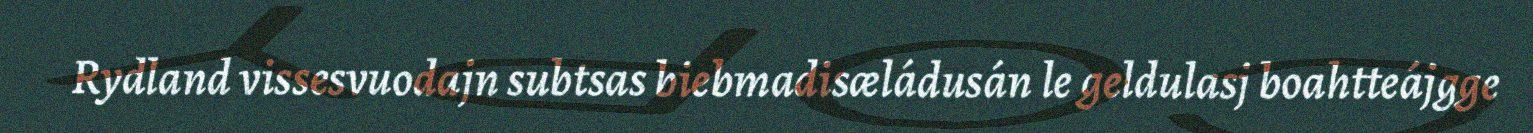
Rydland vissesvuodajn subtsas biebmadisæládusán le geldulasj boahtteájgge